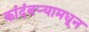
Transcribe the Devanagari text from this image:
कांदंबर्‍यामधून